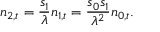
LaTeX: n _ { 2 , t } = { \frac { s _ { 1 } } { \lambda } } n _ { 1 , t } = { \frac { s _ { 0 } s _ { 1 } } { \lambda ^ { 2 } } } n _ { 0 , t } .